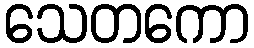
သေတကော